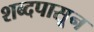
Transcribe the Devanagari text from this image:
शब्दपासून